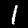
Digit: 1